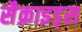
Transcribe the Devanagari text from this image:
सैक्राइड्स